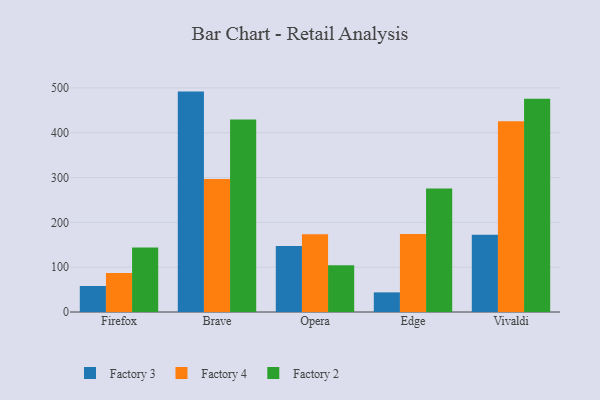
{"axis": {"x": "Browser", "y": "Customer Acquisition Cost (USD)"}, "legend": ["Factory 2", "Factory 3", "Factory 4"], "data": [{"x": "Firefox", "y": 58.0, "type": "Factory 3"}, {"x": "Firefox", "y": 87.1, "type": "Factory 4"}, {"x": "Firefox", "y": 143.7, "type": "Factory 2"}, {"x": "Brave", "y": 491.8, "type": "Factory 3"}, {"x": "Brave", "y": 296.9, "type": "Factory 4"}, {"x": "Brave", "y": 429.7, "type": "Factory 2"}, {"x": "Opera", "y": 147.1, "type": "Factory 3"}, {"x": "Opera", "y": 173.3, "type": "Factory 4"}, {"x": "Opera", "y": 104.1, "type": "Factory 2"}, {"x": "Edge", "y": 43.8, "type": "Factory 3"}, {"x": "Edge", "y": 174.0, "type": "Factory 4"}, {"x": "Edge", "y": 275.7, "type": "Factory 2"}, {"x": "Vivaldi", "y": 172.1, "type": "Factory 3"}, {"x": "Vivaldi", "y": 425.4, "type": "Factory 4"}, {"x": "Vivaldi", "y": 475.6, "type": "Factory 2"}]}